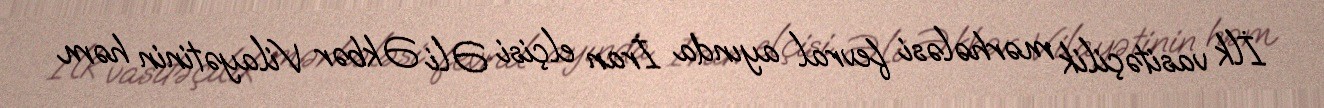
İlk vasitəçilik mərhələsi fevral ayında İran elçisi Əli Əkbər Vilayətinin həm